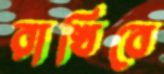
রাখিবে